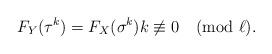
LaTeX: \begin{align*}F_Y(\tau^k) = F_X(\sigma^k) k \not\equiv 0 \pmod{\ell}.\end{align*}